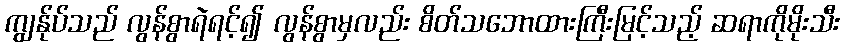
ကျွန်ုပ်သည် လွန်စွာရဲရင့်၍ လွန်စွာမှလည်း စိတ်သဘောထားကြီးမြင့်သည့် ဆရာကိုမိုးသီး